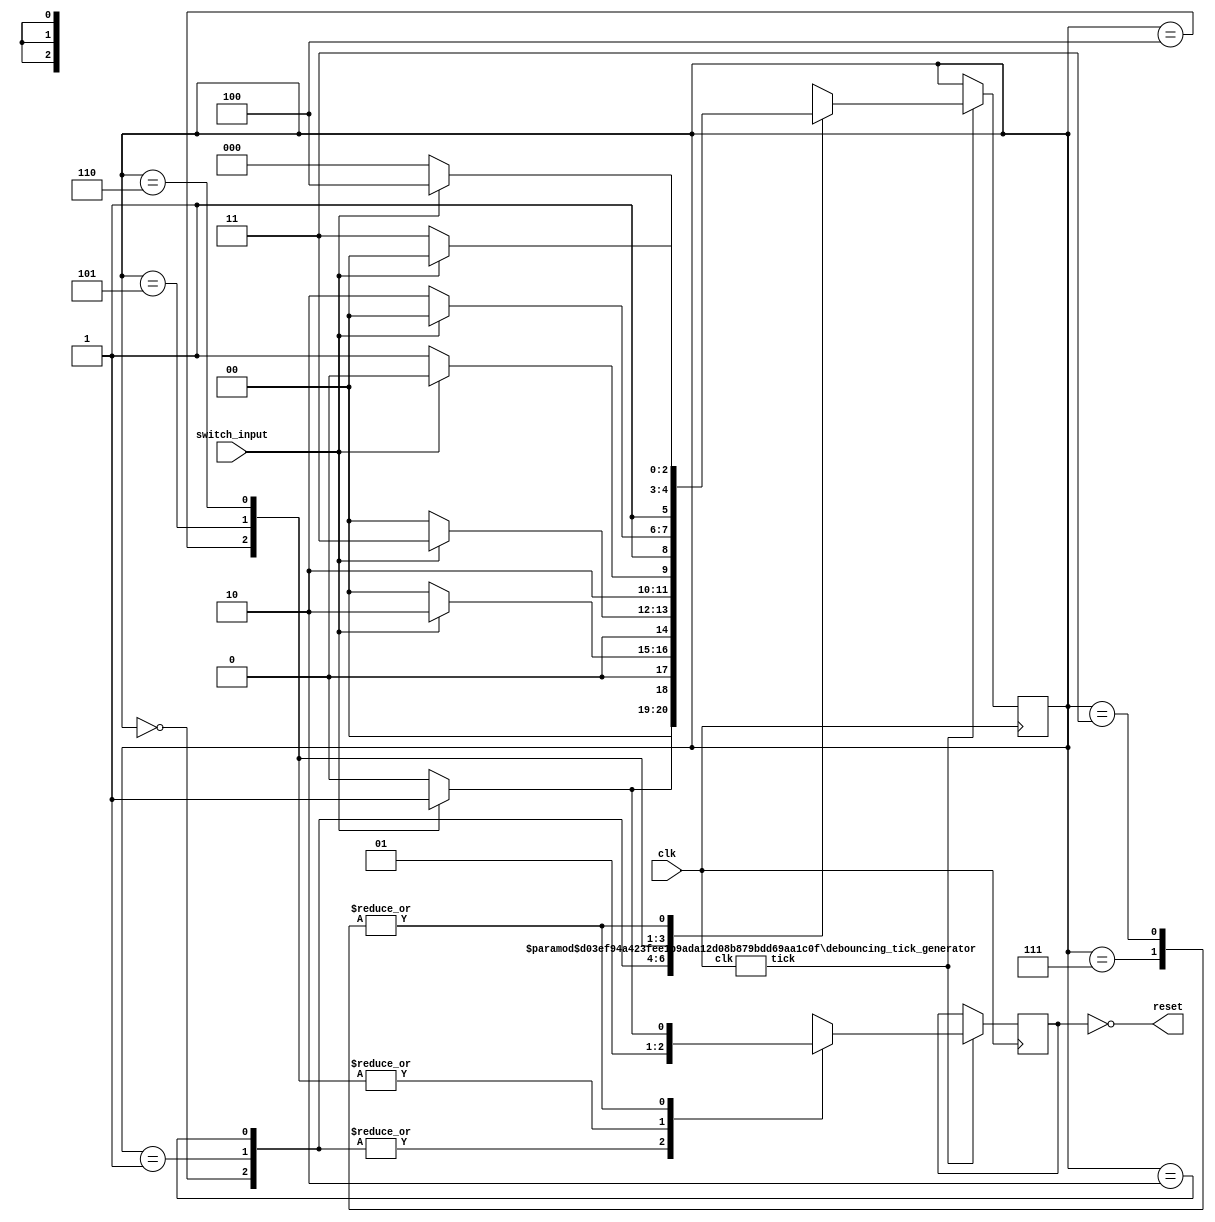
module reset_controller(
	input wire clk,
	input wire switch_input,
	output wire reset
	);

	// state declarations 
	localparam [2:0]
		zero 	= 3'b000,
		wait0_1 = 3'b001,
		wait1_1 = 3'b010,
		wait2_1 = 3'b011,
		one 	= 3'b100,
		wait0_0 = 3'b101,
		wait1_0 = 3'b110,
		wait2_0 = 3'b111;

	// module instantiations
	debouncing_tick_generator #(.tick_time(10),.frequency(100000))
//	debouncing_tick_generator #(.tick_time(10),.frequency(1))
		debounce_sampling_tick_generator(
		.clk(clk),
		.tick(tick)
		);

	// signal declarations
	reg [2:0] state_reg,state_next;	// will be synthesized as a flip flop, since 
								// referenced outside an edge sensitive behaviour
	reg switch_output,switch_output_next;
	assign reset = ~switch_output;

	// initializations 
	initial begin
		state_reg = zero;
		state_next = zero;
		switch_output = 1'b0;
		switch_output_next = 1'b0;
	end

	// state updation logic
	always @(posedge(clk)) begin
		// clk should be the last signal that should 
		// be addressed in the synchronous behaviour
		state_reg = state_next;	// this will lead to synthesis of flip flops, with 
								// clk as the synchronizing signal
		switch_output = switch_output_next;
	end

	always @* begin
		// if the event control expression is sensitive to edges of more than one
		// signals, an if statement should be the first statement in the behaviour

		// in this case, there are two signals that this event control expression
		// is sensitive to --> 1) clk 2) tick
		// hence the first statement is an if statement

		// debug = ~ debug;
		if(tick) begin	// if tick == 1
			// debug = ~ debug;
			case(state_reg) 
				
				zero : 
					if(switch_input) begin
						state_next = wait0_1;
						switch_output_next = 1'b0;
					end else begin
						state_next = zero;
						switch_output_next = 1'b0;
					end
				
				wait0_1 : 
					if(switch_input) begin
						state_next = wait1_1;
						switch_output_next = 1'b0;
					end else begin
						state_next = zero;
						switch_output_next = 1'b0;
					end
				
				wait1_1 : 
					if(switch_input) begin
						state_next = wait2_1;
						switch_output_next = 1'b0;
					end else begin
						state_next = zero;
						switch_output_next = 1'b0;
					end
				
				wait2_1 : 
					if(switch_input) begin
						state_next = one;
						switch_output_next = 1'b1;
					end else begin
						state_next = zero;
						switch_output_next = 1'b0;
					end
				
				one : 
					if(~switch_input) begin
						state_next = wait0_0;
						switch_output_next = 1'b1;
					end else begin
						state_next = one;
						switch_output_next = 1'b1;
					end
				
				wait0_0 :
					if(~switch_input) begin
						state_next = wait1_0;
						switch_output_next = 1'b1;
					end else begin
						state_next = one;
						switch_output_next = 1'b1;
					end
				
				wait1_0 :
					if(~switch_input) begin
						state_next = wait2_0;
						switch_output_next = 1'b1;
					end else begin
						state_next = one;
						switch_output_next = 1'b1;
					end
				
				wait2_0 : 
					if(~switch_input) begin
						state_next = zero;
						switch_output_next = 1'b0;
					end else begin
						state_next = one;
						switch_output_next = 1'b1;
					end
				
				default : 
					// incomplete case statements in an edge sensitive
					// behaviour leads to clock enable because incomplete statements
					// imply the need for a variable to change in some cases, but
					// not in others
					if(switch_input) begin
						state_next = zero;
						switch_output_next = 1'b0;
					end else begin
						state_next = zero;
						switch_output_next = 1'b0;
					end
			endcase
		end else begin
			// incomplete if statements in an edge sensitive
			// behaviour leads to clock enable because incomplete statements
			// imply the need for a variable to change in some cases, but
			// not in others
			state_next = state_reg;
			switch_output_next = switch_output;
		end

	end

endmodule


module debouncing_tick_generator #(
	parameter tick_time = 32'd10,
	parameter frequency = 32'd100000
	)(
	input wire clk,
	output reg tick);

	// generates 1 clock pulse wide ticks at the period
	// specified by "tick_time" parameter (in milliseconds)

	reg [32:0] count;
	localparam [32:0] count_threshold = tick_time * frequency / 2;
	
	initial begin
		tick = 1'b0;
		count = 32'b0;
	end

	always @(posedge(clk)) begin
		count = count + 1;
		if(count == count_threshold) begin
			count = 0;
			tick = 1;
		end
		else begin
			tick = 0;
		end
	end

endmodule

//module stimulus();
//
//	reg CLK,SWITCH_INPUT;
//	wire RESET;
//
//	reset_controller r(
//		.clk(CLK),
//		.switch_input(SWITCH_INPUT),
//		.reset(RESET)
//		);
//
//	initial begin
//		$dumpfile("simulation.vcd");
//		$dumpvars(0,
//			CLK,
//			SWITCH_INPUT,
//			RESET
//			);
//	end
//
//	initial begin
//		#1000 $finish;
//	end
//
//	initial begin
//		CLK = 1'b0;
//		SWITCH_INPUT = 1'b0;
//	end
//
//	always begin
//		#1 CLK = ~CLK;
//	end
//
//	initial begin
//		#10  SWITCH_INPUT = 1'b1;
//		#10  SWITCH_INPUT = 1'b0;
//		#20  SWITCH_INPUT = 1'b1;
//		#5 	 SWITCH_INPUT = 1'b0;
//		#2   SWITCH_INPUT = 1'b1;
//		#10  SWITCH_INPUT = 1'b0;
//		#4 	 SWITCH_INPUT = 1'b1;
//		#100 SWITCH_INPUT = 1'b0;
//		#10  SWITCH_INPUT = 1'b1;
//		#5 	 SWITCH_INPUT = 1'b0;
//	end
//
//endmodule